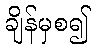
ချိန်မှစ၍